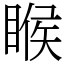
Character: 睺